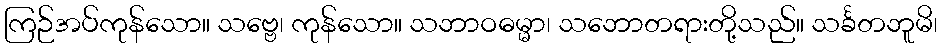
ကြဉ်အပ်ကုန်သော။ သဗ္ဗေ၊ ကုန်သော။ သဘာဝဓမ္မာ၊ သဘောတရားတို့သည်။ သင်္ခတဘူမိ၊